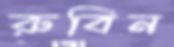
রুবিন